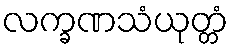
လက္ခဏသံယုတ္တံ